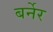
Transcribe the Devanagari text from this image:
बर्नेर